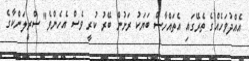
އެއްދުވަހެއްގެ ތެރޭގައި އެތައްހާސް ބަޔަކު ރަށުން ބޭރު ކުރީ ވެސް އެހެންވެ" ސްރީލަންކާގެ